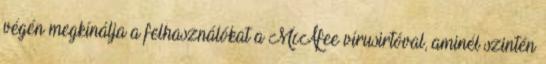
végén megkínálja a felhasználókat a McAfee vírusirtóval, aminél szintén